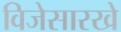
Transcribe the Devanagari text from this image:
विजेसारखे